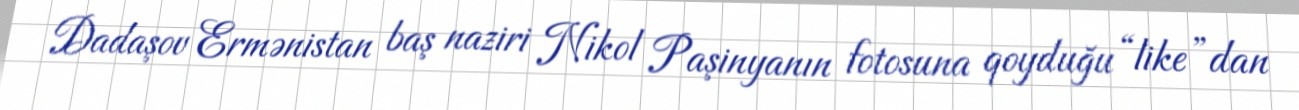
Dadaşov Ermənistan baş naziri Nikol Paşinyanın fotosuna qoyduğu “like”dan